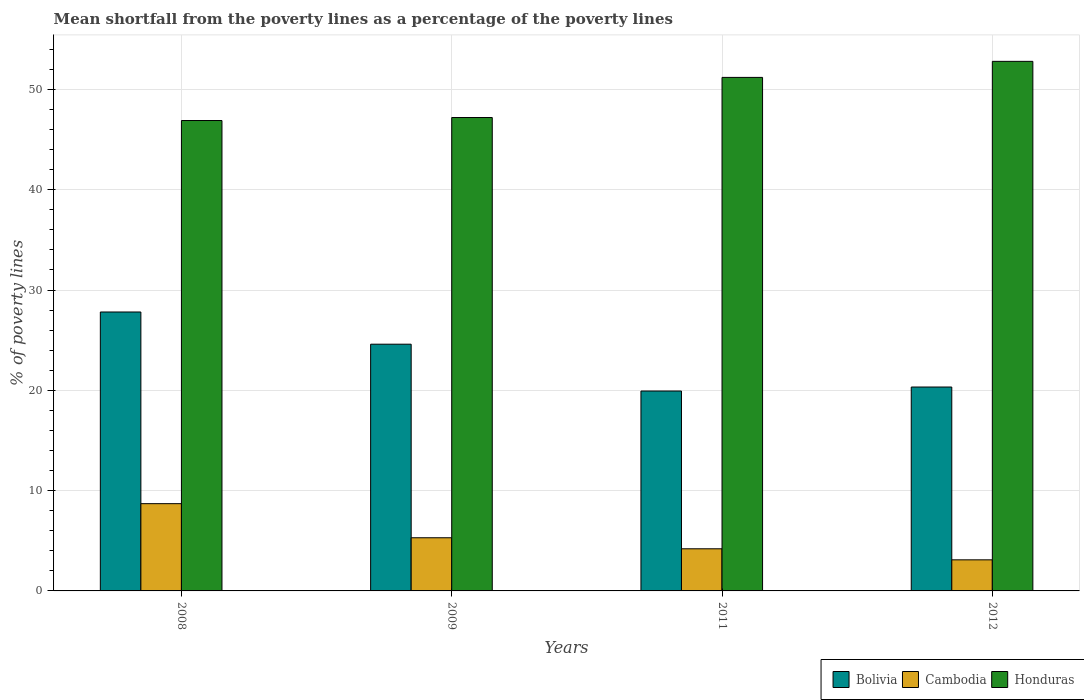
| Years | Bolivia | Cambodia | Honduras |
 | --- | --- | --- | --- |
 | 2008 | 27.8 | 8.7 | 46.9 |
 | 2009 | 24.6 | 5.3 | 47.2 |
 | 2011 | 19.9 | 4.2 | 51.2 |
 | 2012 | 20.3 | 3.1 | 52.8 |